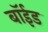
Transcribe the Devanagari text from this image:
बॉईड